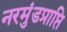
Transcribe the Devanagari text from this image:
नरमुंडप्राप्ति